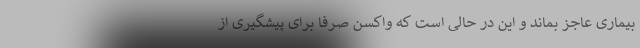
بیماری عاجز بماند و این در حالی است که واکسن صرفا برای پیشگیری از